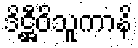
ဒိဋ္ဌီဝိသူကာနိ